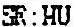
SR:HU